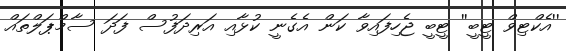
''އެކްޓިވް ޓީބީ'' ޓީބީ ޖެހިފައިވާ ކަން އެގެނީ ކުޅާއި އަރިދަފުސް ފަދަ ސާމްޕަލްތައް